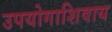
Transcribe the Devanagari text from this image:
उपयोगाशिवाय